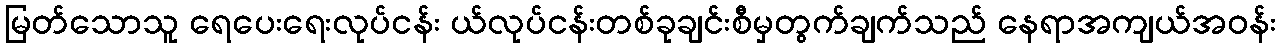
မြတ်သောသူ ရေပေးရေးလုပ်ငန်း ယ်လုပ်ငန်းတစ်ခုချင်းစီမှတွက်ချက်သည် နေရာအကျယ်အဝန်း